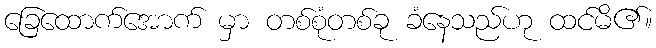
ခြေထောက်အောက် မှာ တစ်စုံတစ်ခု ခံနေသည်ဟု ထင်မိ၏။